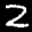
Label: 2